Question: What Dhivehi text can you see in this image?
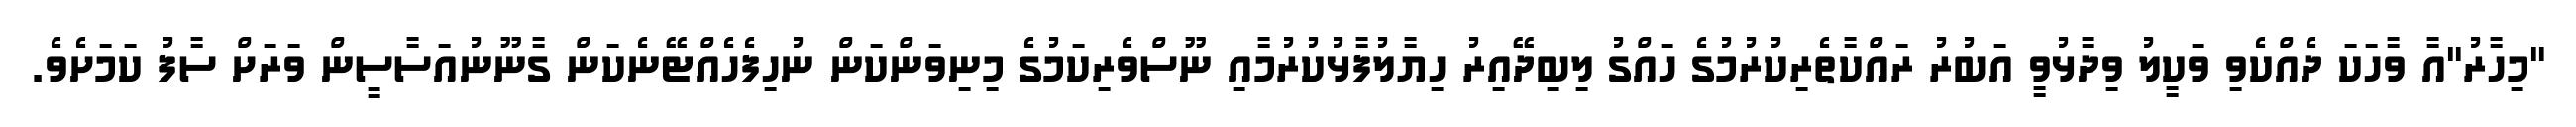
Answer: "މިހާރު"އާ ވާހަކަ ދެއްކެވި ވަކީލު ވިދާޅުވީ އަބުރު ރައްކާތެރިކުރުމުގެ ހައްގު ލިބިދޭއިރު ހިޔާލުފާޅުކުރުމާއި ނޫސްވެރިކަމުގެ މިނިވަންކަން ނުހިފެހެއްޓޭނެކަން ގާނޫނުއަސާސީން ވަރަށް ސާފު ކަމަށެވެ.